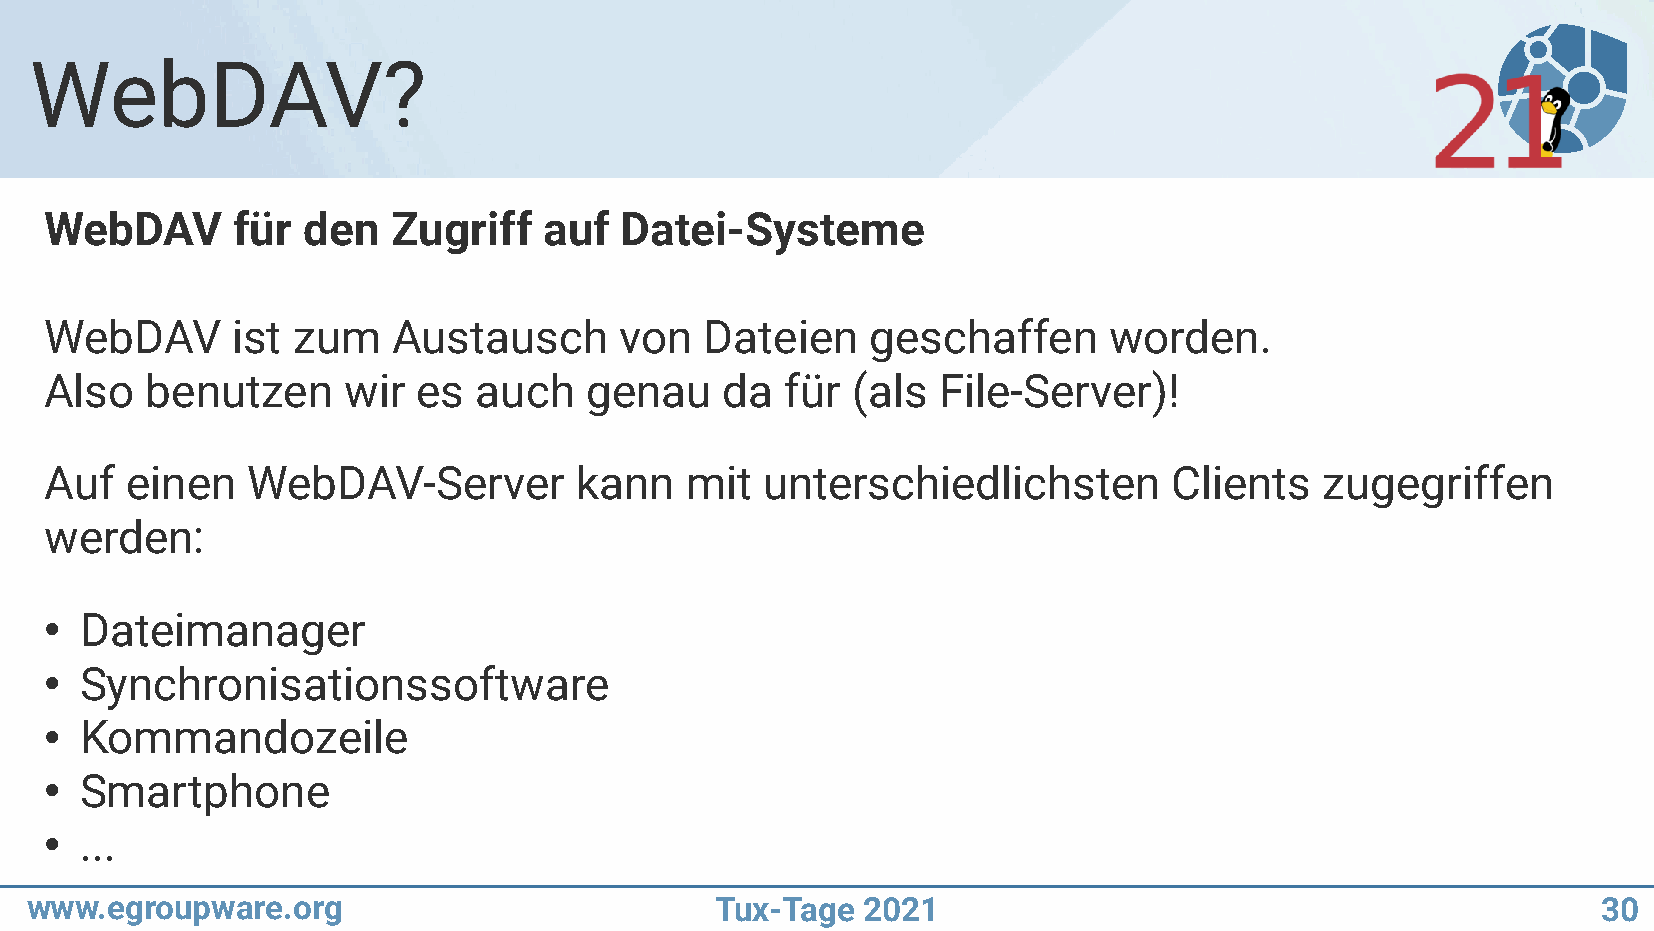
WebDAV?
 WebDAV      für  den   Zugriff   auf  Datei-Systeme
 WebDAV      ist zum    Austausch      von   Dateien    geschaffen     worden.
 Also   benutzen     wir  es auch    genau    da  für (als  File-Server)!
 Auf  einen   WebDAV-Server         kann   mit  unterschiedlichsten         Clients   zugegriffen
 werden:
 Dateimanager
 ●
 Synchronisationssoftware
 ●
 Kommandozeile
 ●
 Smartphone
 ●
 ...
 ●
 www.egroupware.org                           Tux-Tage  2021                                             30